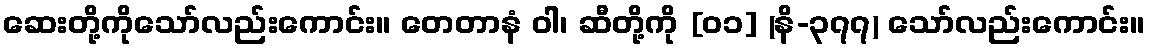
ဆေးတို့ကိုသော်လည်းကောင်း။ တေတာနံ ဝါ၊ ဆီတို့ကို [၀၁] (နိ-၃၇၇) သော်လည်းကောင်း။